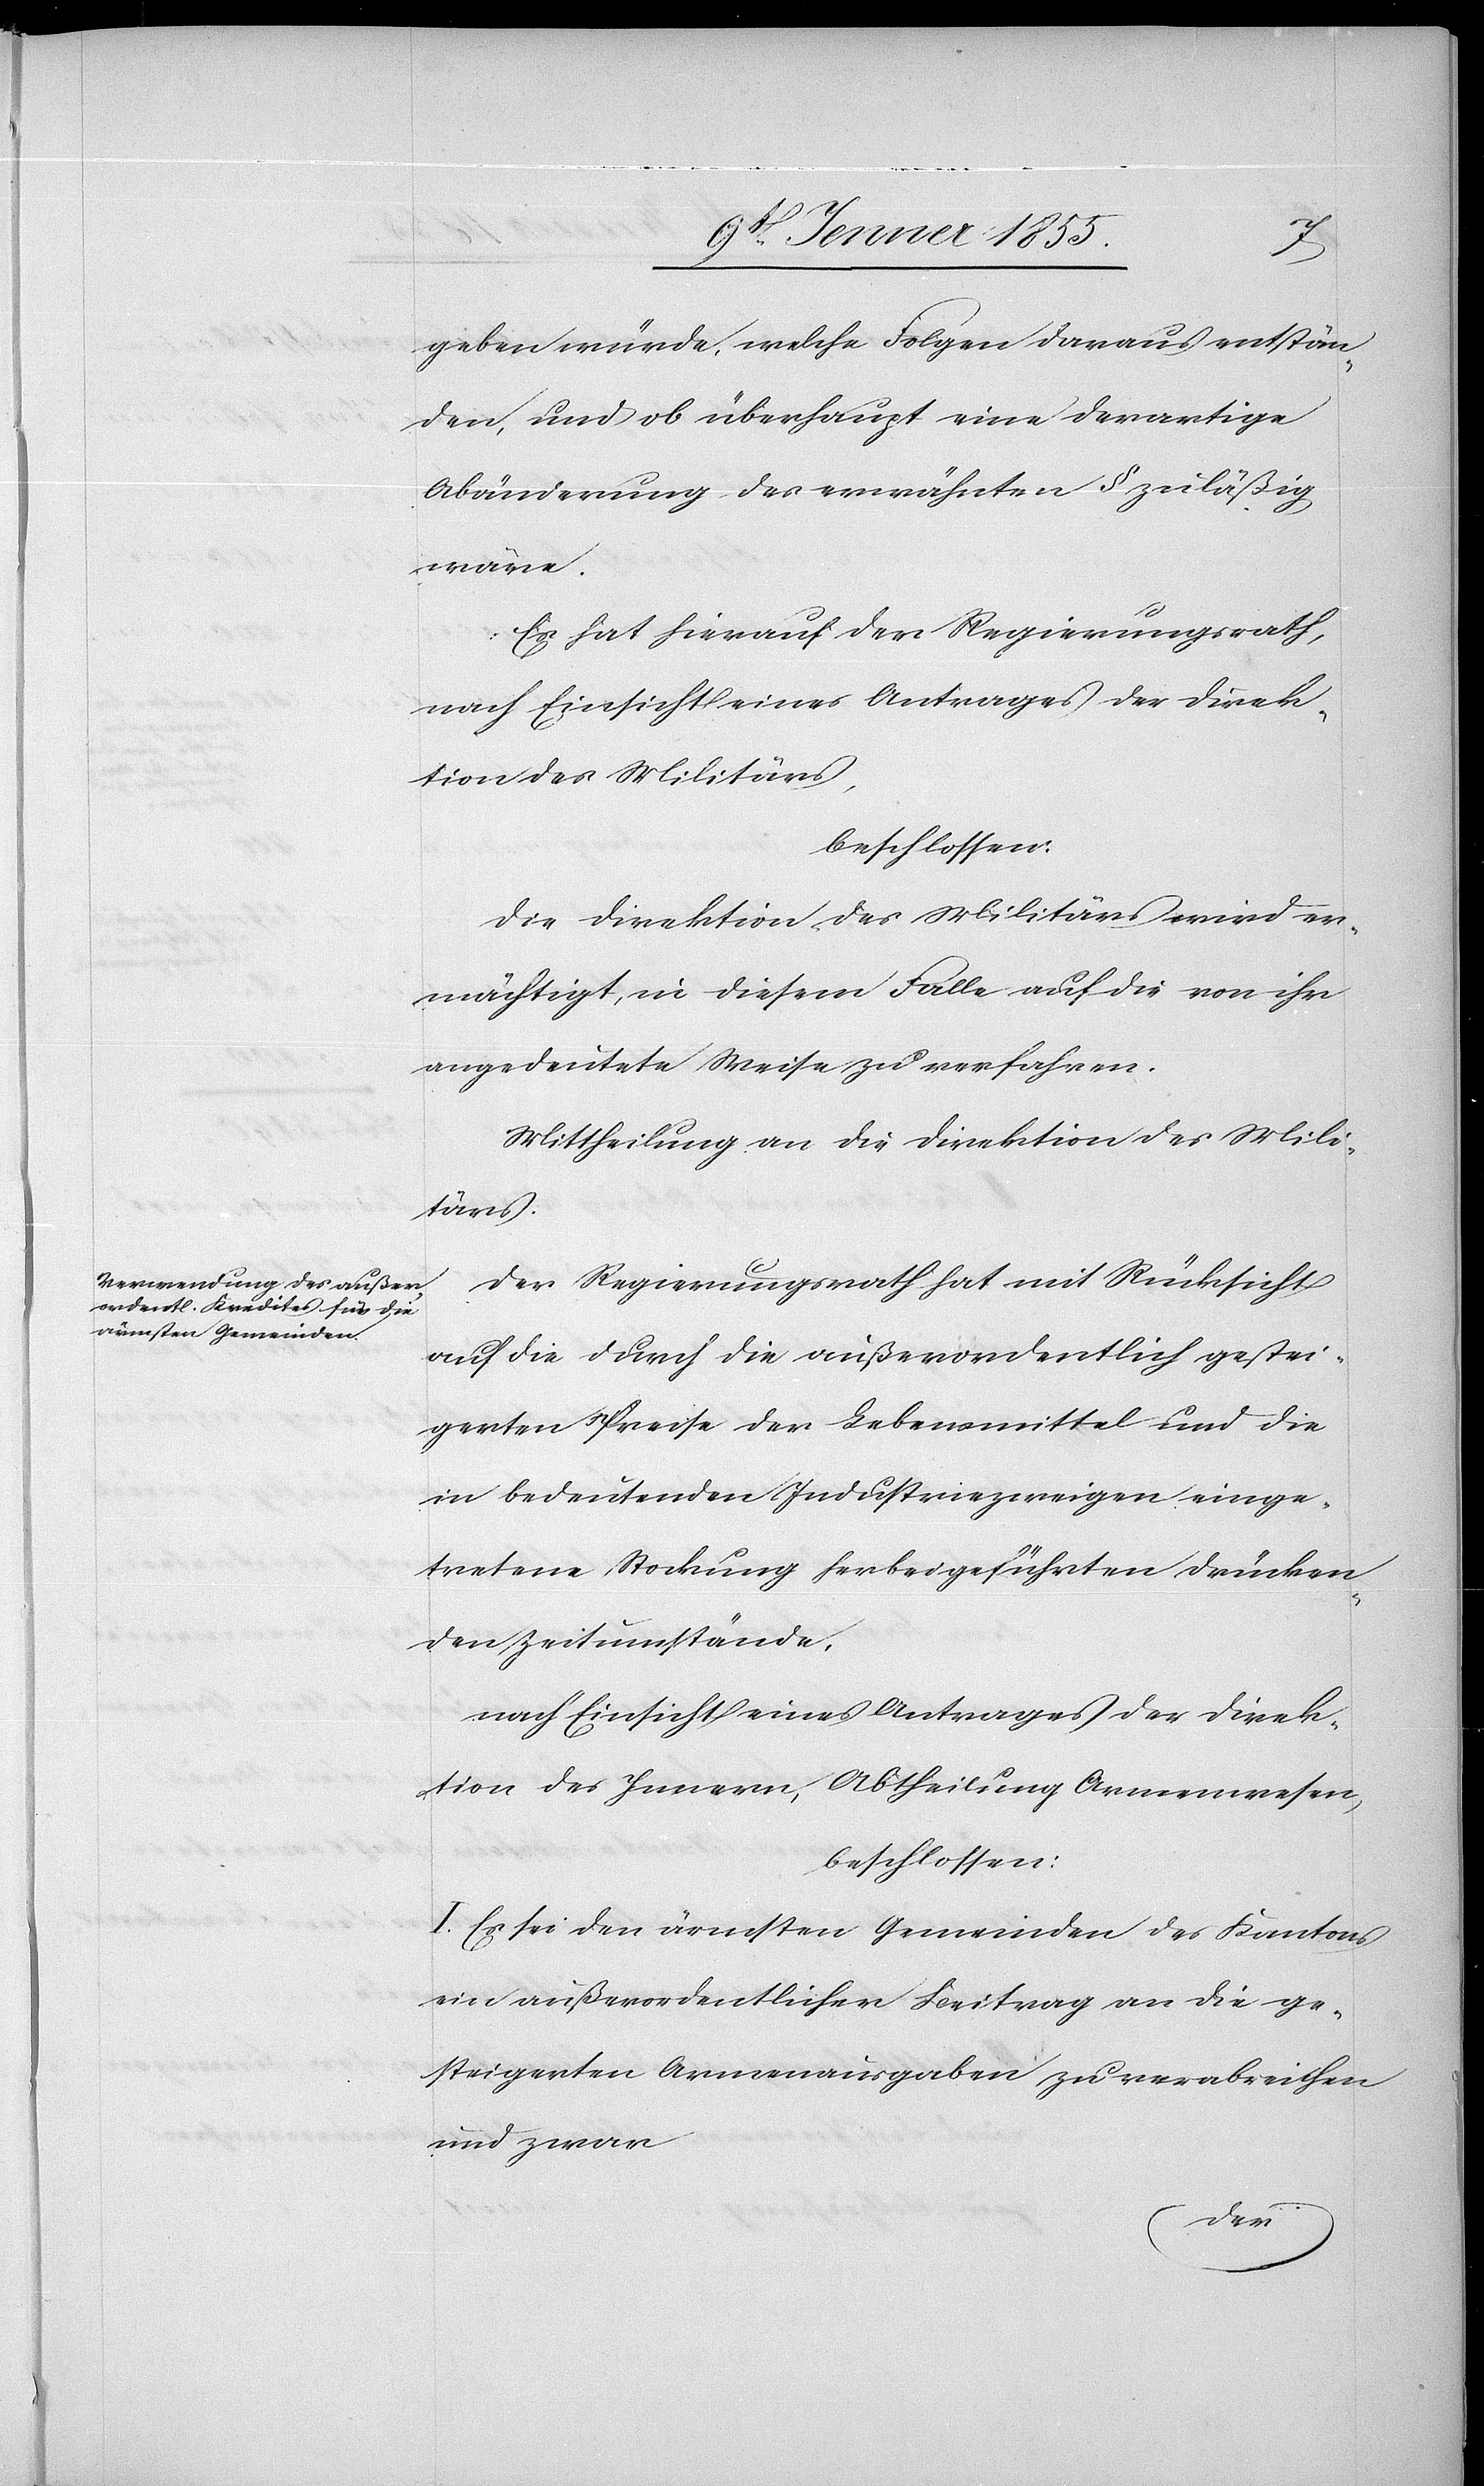
geben würde, welche Folgen daraus entstän¬
den, und ob überhaupt eine derartige
Abänderung des erwähnten § zuläßig
wäre.
Es hat hierauf der Regierungsrath,
nach Einsicht eines Antrages der Direk¬
tion des Militärs,
beschlossen:
Die Direktion des Militärs wird er¬
mächtigt, in diesem Falle auf die von ihr
angedeutete Weise zu verfahren.
Mittheilung an die Direktion des Mili¬
tärs.
Der Regierungsrath hat mit Rücksicht
auf die durch die außerordentlich gestei¬
gerten Preise der Lebensmittel und die
in bedeutenden Industriezweigen einge¬
tretene Stockung herbeigeführten drücken¬
den Zeitumstände,
nach Einsicht eines Antrages der Direk¬
tion des Innern, Abtheilung Armenwesen,
beschlossen:
I. Es sei den ärmsten Gemeinden des Kantons
ein außerordentlicher Beitrag an die ge¬
steigerten Armenausgaben zu verabreichen
und zwar